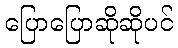
ပြောပြောဆိုဆိုပင်